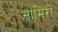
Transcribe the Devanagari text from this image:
सामिरी